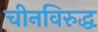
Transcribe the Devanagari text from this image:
चीनविरुद्ध